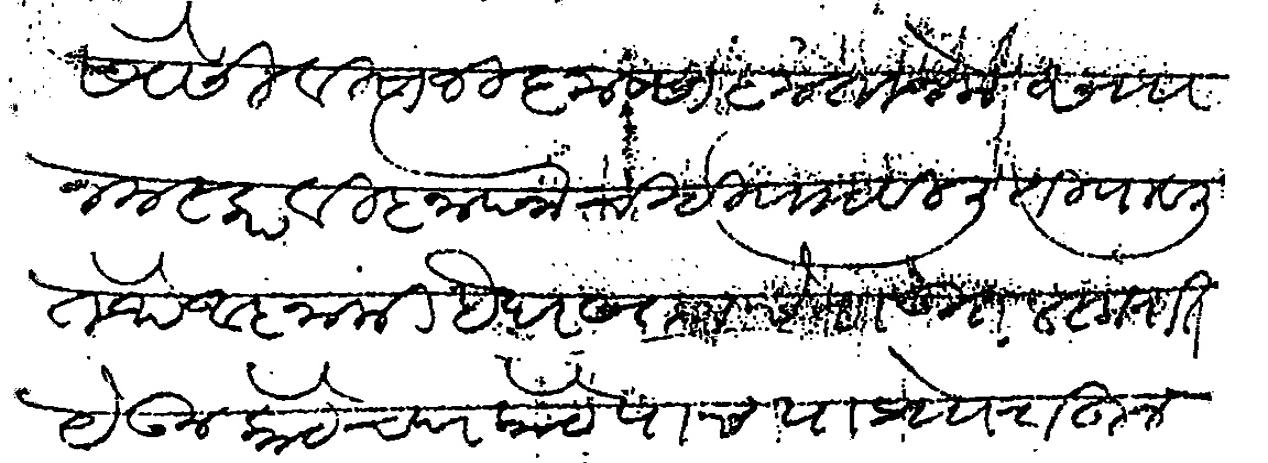
Transliteration (Devanagari): सेवेसी विसाजी कृष्ण कृतानेक साा नमस्कार विज्ञापना चिठी पाठवीली ती पावली तेथे आज्ञा की हैदरखानाचे राऊत लस्करात येऊन कोठे चार कोठे पाच या प्राो राहून